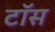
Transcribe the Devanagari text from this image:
टाॅस